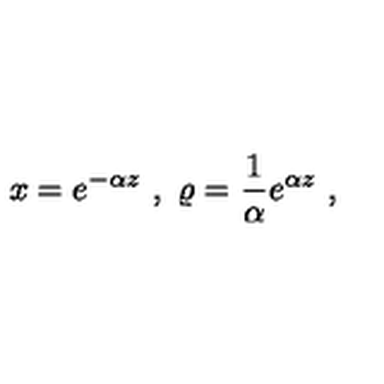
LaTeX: x = e ^ { - \alpha z } \ , \ \varrho = { \frac { 1 } { \alpha } } e ^ { \alpha z } \ ,